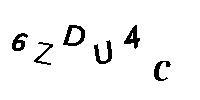
6ZDU4C